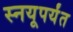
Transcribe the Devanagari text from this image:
स्नयूपर्यंत